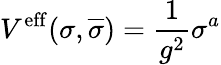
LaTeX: V^{\mathrm{eff}}(\sigma,\overline{{{\sigma}}})=\frac{1}{g^{2}}\sigma^{a}